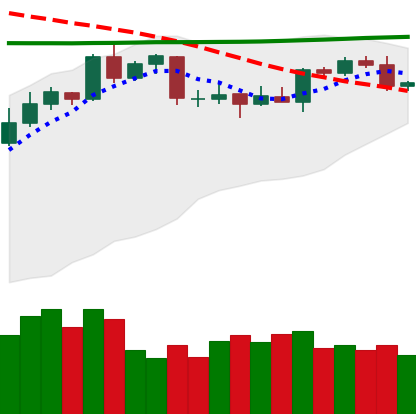
Ticker: XMR-USD
Chart end date: 2020-04-21
Forward return: 10.565%
Label: up_7plus